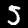
Digit: 5